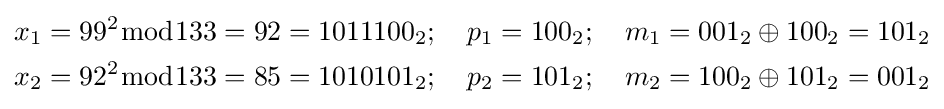
{\begin{aligned}x_{1}&=99^{2}{\bmod {1}}33=92=1011100_{2};\quad p_{1}=100_{2};\quad m_{1}=001_{2}\oplus 100_{2}=101_{2}\\x_{2}&=92^{2}{\bmod {1}}33=85=1010101_{2};\quad p_{2}=101_{2};\quad m_{2}=100_{2}\oplus 101_{2}=001_{2}\end{aligned}}